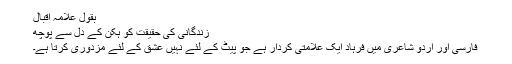
بقول علامہ اقبال
زندگانی کی حقیقت کو ہکن کے دل سے پوچھ
فارسی اور اردو شاعری میں فرہاد ایک علامتی کردار ہے جو پیٹ کے لئے نہیں عشق کے لئے مزدوری کرتا ہے۔